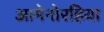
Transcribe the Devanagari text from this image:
आमेनोरहिया